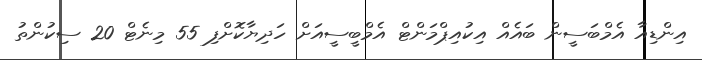
އިންޑިއާ އެމްބަސީން ބައެއް އިކުއިޕްމަންޓް އެމްބީސީއަށް ހަދިޔާކޮށްފި 55 މިނެޓް 20 ސިކުންތު